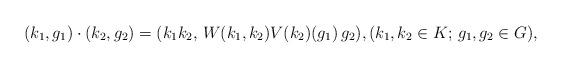
LaTeX: \begin{align*}(k_1, g_1)\cdot (k_2, g_2) = (k_1 k_2,\,W(k_1, k_2) V(k_2)(g_1)\, g_2),(k_1, k_2\in K;\, g_1, g_2\in G),\end{align*}